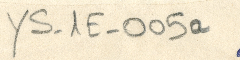
YS-1E-005a